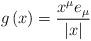
LaTeX: \begin{align*}g\left( x\right) =\frac{x^{\mu }e_{\mu }}{\left| x\right| }\end{align*}